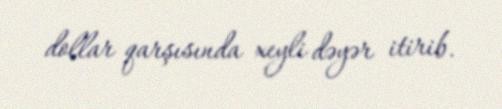
dollar qarşısında xeyli dəyər itirib.